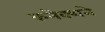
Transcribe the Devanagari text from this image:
कनेक्शने